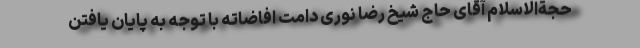
حجةالاسلام آقای حاج شیخ رضا نوری دامت افاضاته با توجه به پایان یافتن